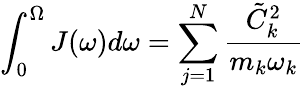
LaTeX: \int_{0}^{\Omega}J(\omega)d\omega=\sum_{j=1}^{N}\frac{\tilde{C}_{k}^{2}}{m_{k}\omega_{k}}